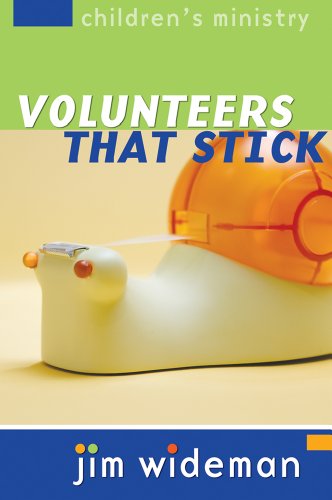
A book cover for Children's Ministry Volunteers That Stick; Jim Wideman; Christian Books & Bibles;